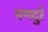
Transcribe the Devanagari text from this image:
मणदुरे